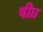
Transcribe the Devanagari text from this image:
षीघ्र